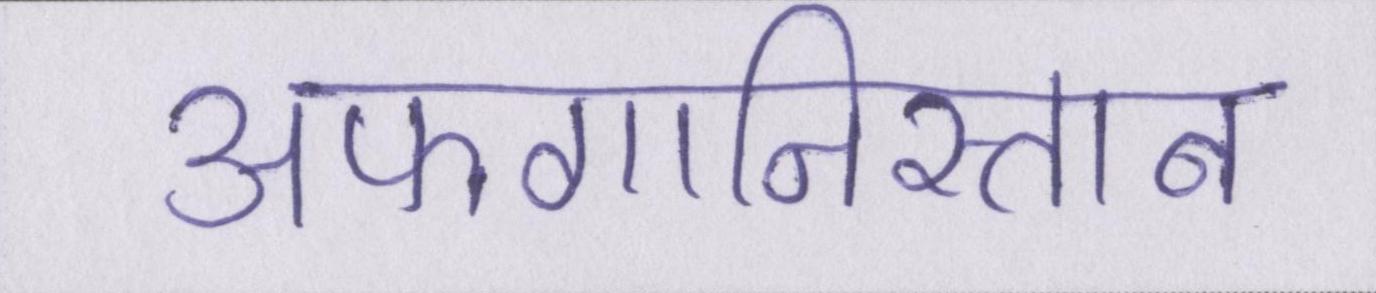
अफगानिस्तान